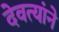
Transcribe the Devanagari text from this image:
देवत्यांने